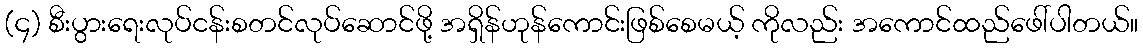
(၄) စီးပွားရေးလုပ်ငန်းစတင်လုပ်ဆောင်ဖို့ အရှိန်ဟုန်ကောင်းဖြစ်စေမယ့် ကိုလည်း အကောင်ထည်ဖေါ်ပါတယ်။